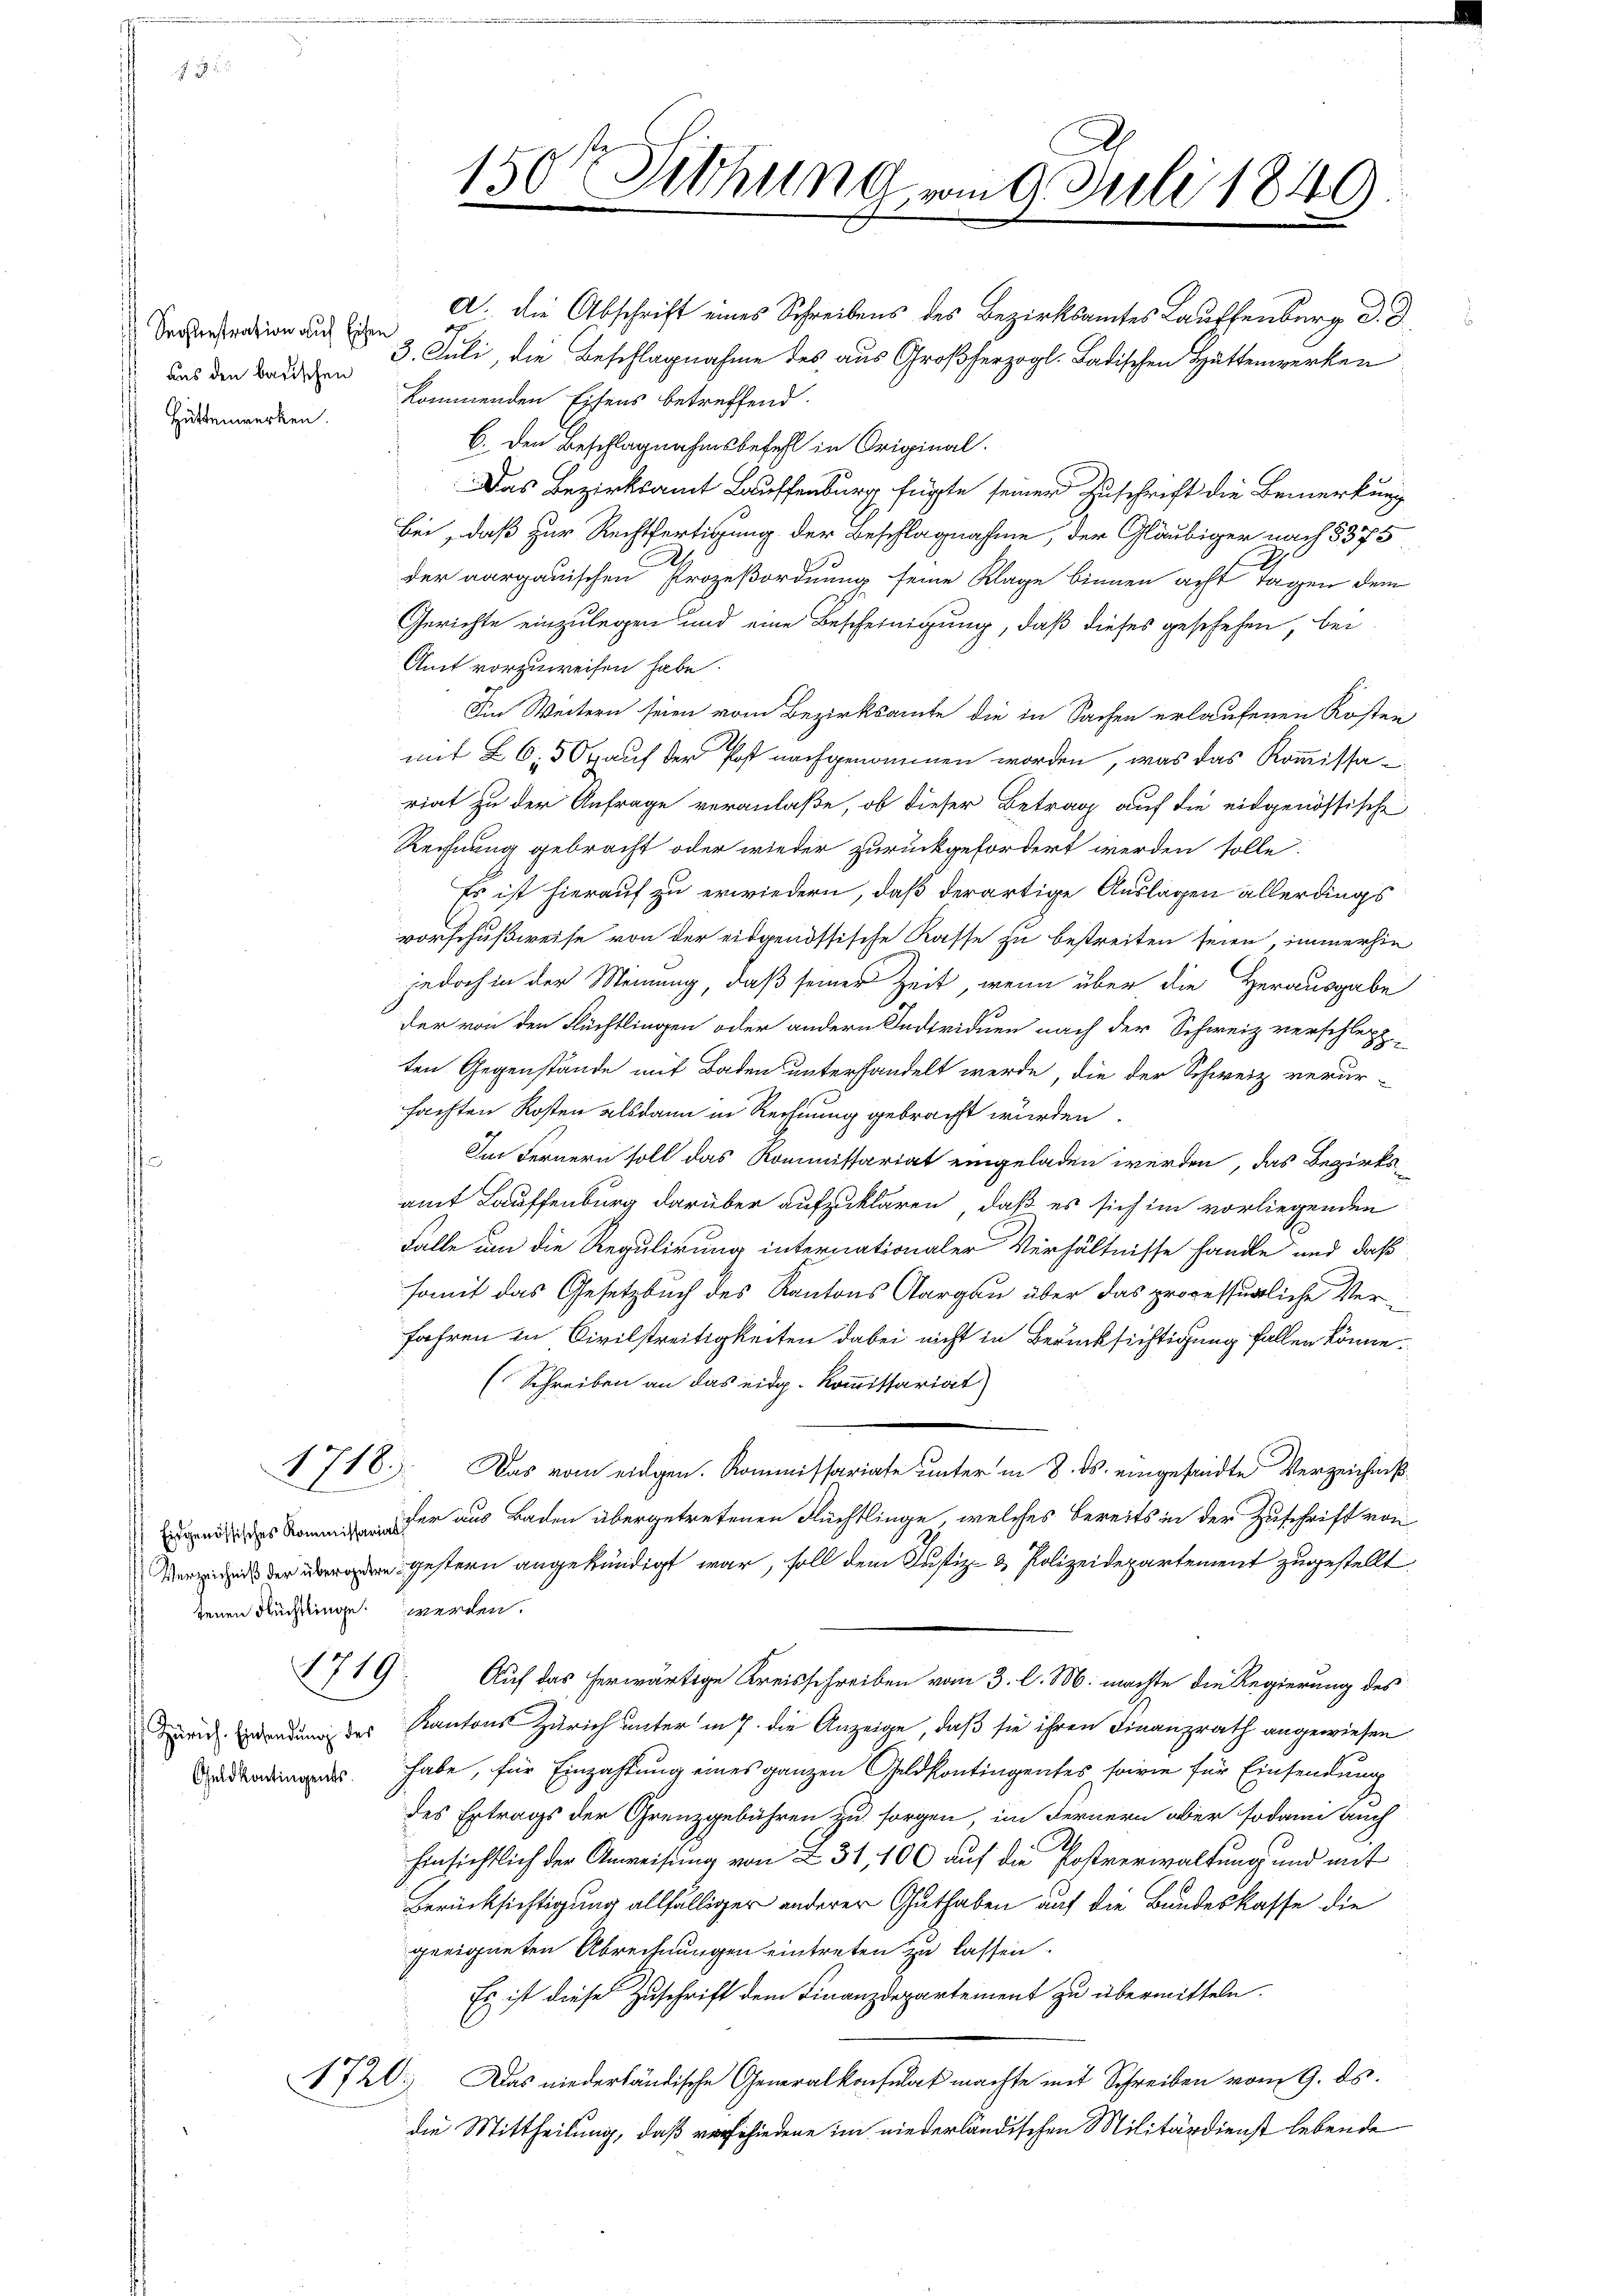
Seostenstration auf Eisen
aus den badischen
 Hüttenwerken.

119.

Geld kontingents.

A. die Abschrift eines Schreibens des Bezirksamtes Lauffenburg d. d.
d
3. Juli, die Beschlagnahme des aus Großherzogl. Ladischen Hättenwerken
kommenden Eisens betreffend.
C. den Beschlagnahmsbefehl in Original¬
Das Bezirksamt Lauffenburg fügte seiner Zuschrift die Bemerkung
Bei, daß zur Rechtfertigung der Beschlagnahme, der Gläubiger nach 5375
der aargauischen Prozeßordnung seine Klage binnen acht Tagen dem
Gerichte einzulegen und eine Bescheinigung, daß dieses geschehen, bei
Amt vorzuweisen habe.
Im Weitern seien vom Bezirksamte die in Sachen erlaufenen Kosten
mit 26,50 auf der Post nachgenommen worden, was das Kommissariat zu der Anfrage veranlaße, ob dieser Betrag auf die eidgenössische
Rechnung gebracht oder wieder zurückgefordert werden solle.
Es ist hierauf zu erwiedern, daß derartige Auslagen allerdings
vorschußweise von der eidgenössische Kasse zu bestreiten seien, immerhin
jedoch in der Meinung, daß seiner Zeit, wenn über die Herausgabe
der von den Flüchtlingen oder andern Individuen nach der Schweiz verschlepp-
ten Gegenstände mit Baden unterhandelt werde, die der Schweiz verur
fachten Kosten alsdann in Rechnung gebracht wurden.
Im Fernern soll das Roministariat eingeladen werden, das Bezirksamt Lauffenburg darüber aufzuklären, daß es sich im vorliegenden
Falle um die Regulirung internationaler Verhältnisse handle und daß
somit das Gesetzbuch des Kantons Aargau über das prozessirliche Verfahren in Civilstreitigkeiten dabei nicht in Berücksichtigung fallen könne.
(Schreiben an das eidg. Kommissariat
1718. Das vom eidgen. Kommissariate unter in 8. ds. eingesandte Verzeichniß
sher aus Baden übergetretenen Flüchtlinge, welches bereits in der Zuschrift von
 gestern angekündigt war, soll dem Justiz- & Polizeidepartement zugestellt
Auf das herwärtige Kreisschreiben vom 3. l. M. machte die Regierung des
drid wendung des Kantons Zürich unter in 7. die Anzeige, daß sie ihren Finanzrath angewiesen
habe, für Einzahlung eines ganzen Geldkontingentes sowie für Einsendung
des Ertrags der Grenzgebühren zu sorgen, im Fernern aber sodann auch
hinsichtlich der Anweisung von 231, 100 auf die Postverwaltung und mit
Berücksichtigung allfälliger anderer Guthaben auf die Bundeskasse die
geeigneten Abrechnungen eintreten zu lassen.
Es ist diese Zuschrift dem Finanzdepartement zu übermitteln.
1720. Das niederländische Generalkonsulat machte mit Schreiben vom 9. ds.
die Mittheilung, daß vorschiedene im niederländischen Militärdienst lebende

jenen Flüchtlinge werden.

150te Sichung vom 9. Juli 1849.